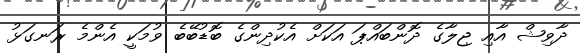
ދާވިޝް އާއި ޖިލާގެ ދޮންބައްޕަ އަކަށް އެކުދިންގެ ބޮޑުބޭބެ ވުމަކީ އެންމެ ރަނގަޅު